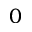
0